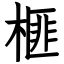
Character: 榧